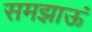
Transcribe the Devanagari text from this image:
समझाऊं